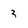
Character: 3